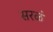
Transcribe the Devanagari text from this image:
सरळं